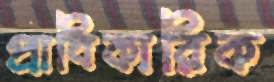
প্রাধিকারিক